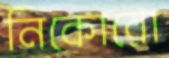
নিকোরো